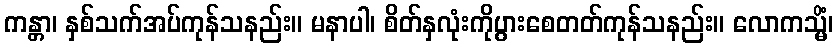
ကန္တာ၊ နှစ်သက်အပ်ကုန်သနည်း။ မနာပါ၊ စိတ်နှလုံးကိုပွားစေတတ်ကုန်သနည်း။ လောကသ္မိံ၊